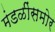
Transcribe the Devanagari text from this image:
मंडळींसमोर